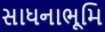
સાધનાભૂમિ